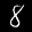
Label: 8